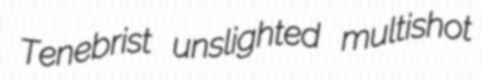
Tenebrist unslighted multishot